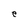
Character: e